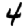
Digit: 4